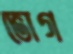
ভোগ